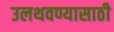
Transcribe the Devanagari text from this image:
उलथवण्यासाठी